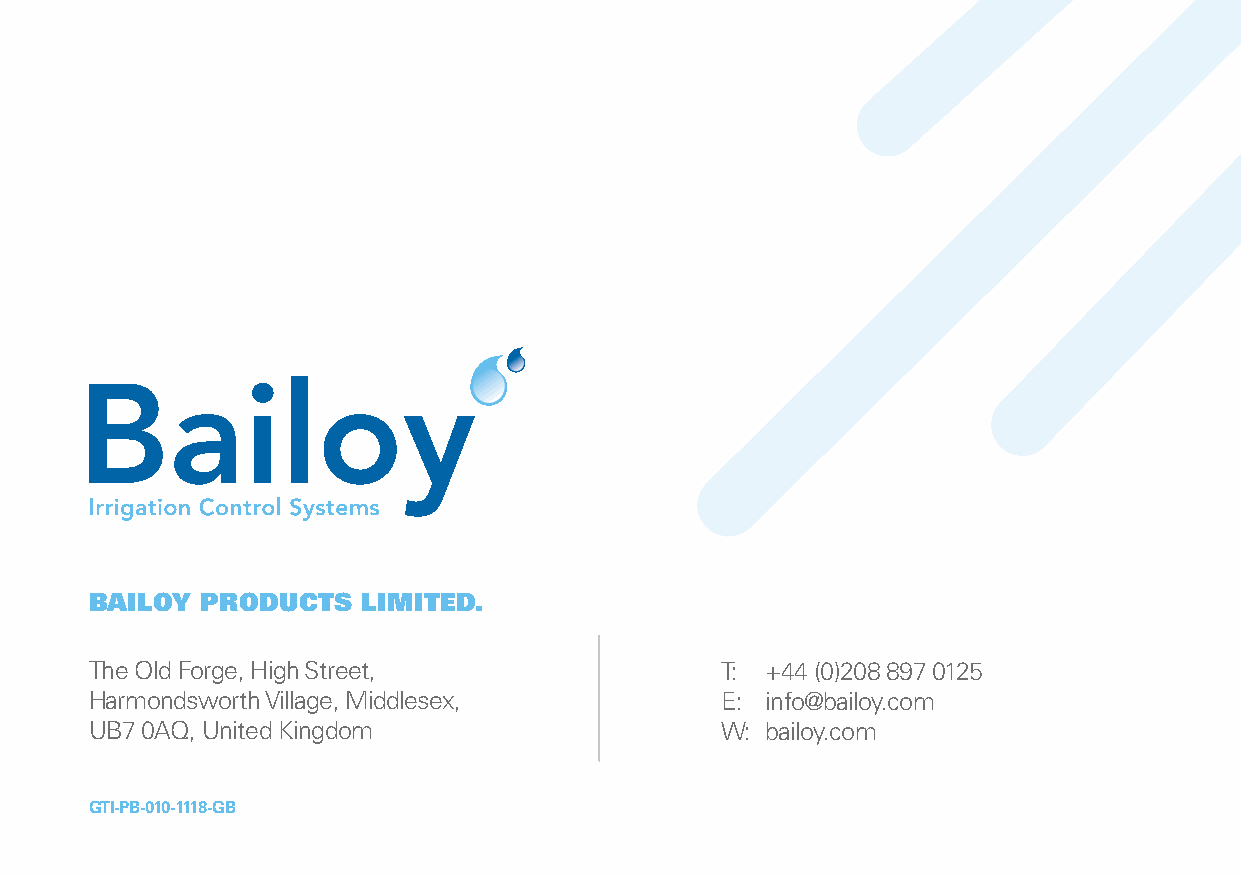
BAILOY PRODUCTS   LIMITED.
 The Old Forge, High Street,               T: +44 (0)208 897 0125
 Harmondsworth Village, Middlesex,         E: info@bailoy.com
 UB7 0AQ, United Kingdom                   W: bailoy.com
 GTI-PB-010-1118-GB